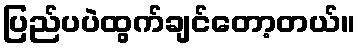
ပြည်ပပဲထွက်ချင်တော့တယ်။